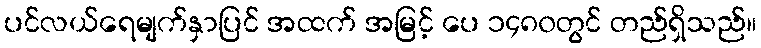
ပင်လယ်ရေမျက်နှာပြင် အထက် အမြင့် ပေ ၁၄၈၀တွင် တည်ရှိသည်။